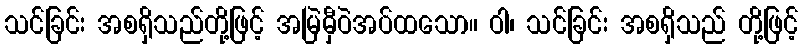
သင်ခြင်း အစရှိသည်တို့ဖြင့် အမြဲမှီဝဲအပ်ထသော။ ဝါ၊ သင်ခြင်း အစရှိသည် တို့ဖြင့်